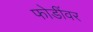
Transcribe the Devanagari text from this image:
फोडींवर